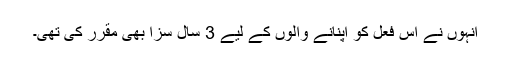
انہوں نے اس فعل کو اپنانے والوں کے لیے 3 سال سزا بھی مقرر کی تھی۔